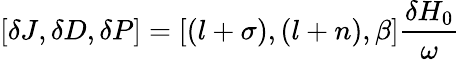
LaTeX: \left[\delta J,\delta D,\delta P\right]=\left[\left(l+\sigma\right),\left(l+n\right),\beta\right]\frac{\delta H_{0}}{\omega}